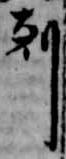
剋